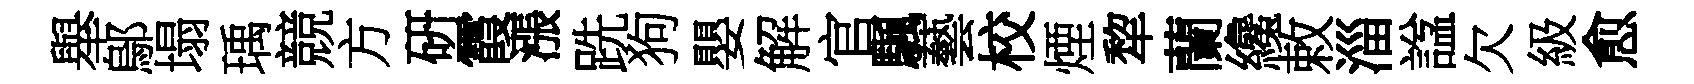
舉鄔塌瑀競方硏霞漲跣狗嬰解官颿藝校煙犂蘭纔敕淄諡欠級愈